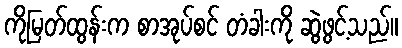
ကိုမြတ်ထွန်းက စာအုပ်စင် တံခါးကို ဆွဲဖွင့်သည်။